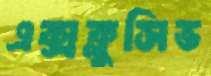
এক্সক্লুসিভ